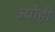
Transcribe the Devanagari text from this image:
ज्योहीं